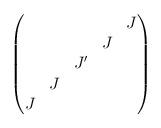
LaTeX: \begin{align*}\begin{pmatrix}& & & & J \\& & & J \\ & & J' \\ & J \\ J\end{pmatrix}\end{align*}